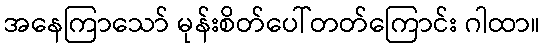
အနေကြာသော် မုန်းစိတ်ပေါ်တတ်ကြောင်း ဂါထာ။